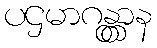
ပဌမာဂန္တွာန